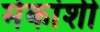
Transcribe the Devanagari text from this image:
मेकांशी